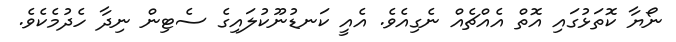
ނޯޔާ ކޮތަޅުގައި އޮތް އެއްޗެއް ނެގިއެވެ. އެއީ ކަނޑުނޫކުލައިގެ ސެޓިން ނިދާ ހެދުމެކެވެ.